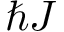
\hbar J